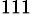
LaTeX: ^\mathrm{111}